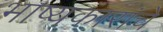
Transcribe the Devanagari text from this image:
भाष्यकारांचे